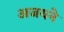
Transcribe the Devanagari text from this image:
अजयने